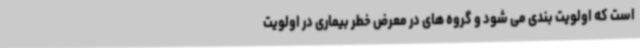
است که اولویت بندی می شود و گروه های در معرض خطر بیماری در اولویت